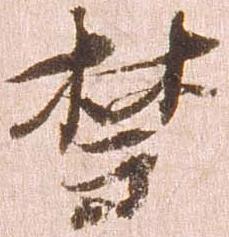
禁